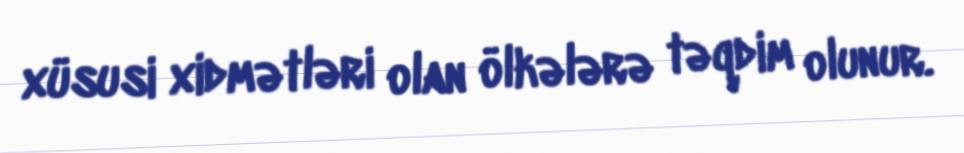
xüsusi xidmətləri olan ölkələrə təqdim olunur.